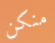
منكن